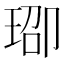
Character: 𬍨